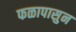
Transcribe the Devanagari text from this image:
फळापासुन